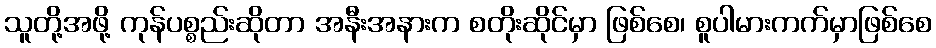
သူတို့အဖို့ ကုန်ပစ္စည်းဆိုတာ အနီးအနားက စတိုးဆိုင်မှာ ဖြစ်စေ၊ စူပါမားကက်မှာဖြစ်စေ